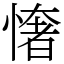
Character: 㦋